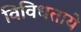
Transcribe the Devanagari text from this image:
विविधताये